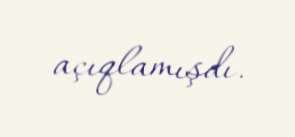
açıqlamışdı.